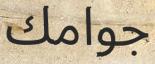
جوامك